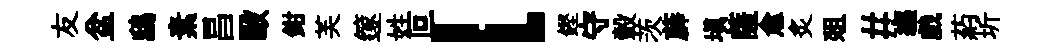
友盆鴟素昌毆鉗芙篴姓叵l鏗守轂茨薜塡薩愈炙爼#纒戲葯圻